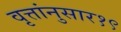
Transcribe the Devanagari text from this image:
वृत्तांनुसार१९